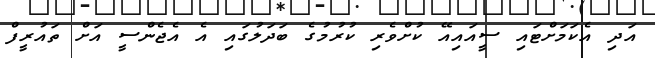
އަދި އެކަމަށްޓައި ސީއައިއޭ ކުށްވެރި ކުރުމުގެ ބަދަލުގައި އެ އެޖެންސީ އަށް ތައުރީފް